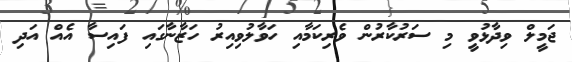
ޖަމީލް ވިދާޅުވީ މި ސަރުކާރުން ވެރިކަމާއި ހަވާލުވިއިރު ހަޒާނާގައި ފައިސާ އެއް އަދި